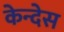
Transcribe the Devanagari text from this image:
केन्देस